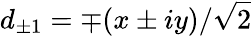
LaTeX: d_{\pm 1}=\mp(x\pm iy)/\sqrt{2}